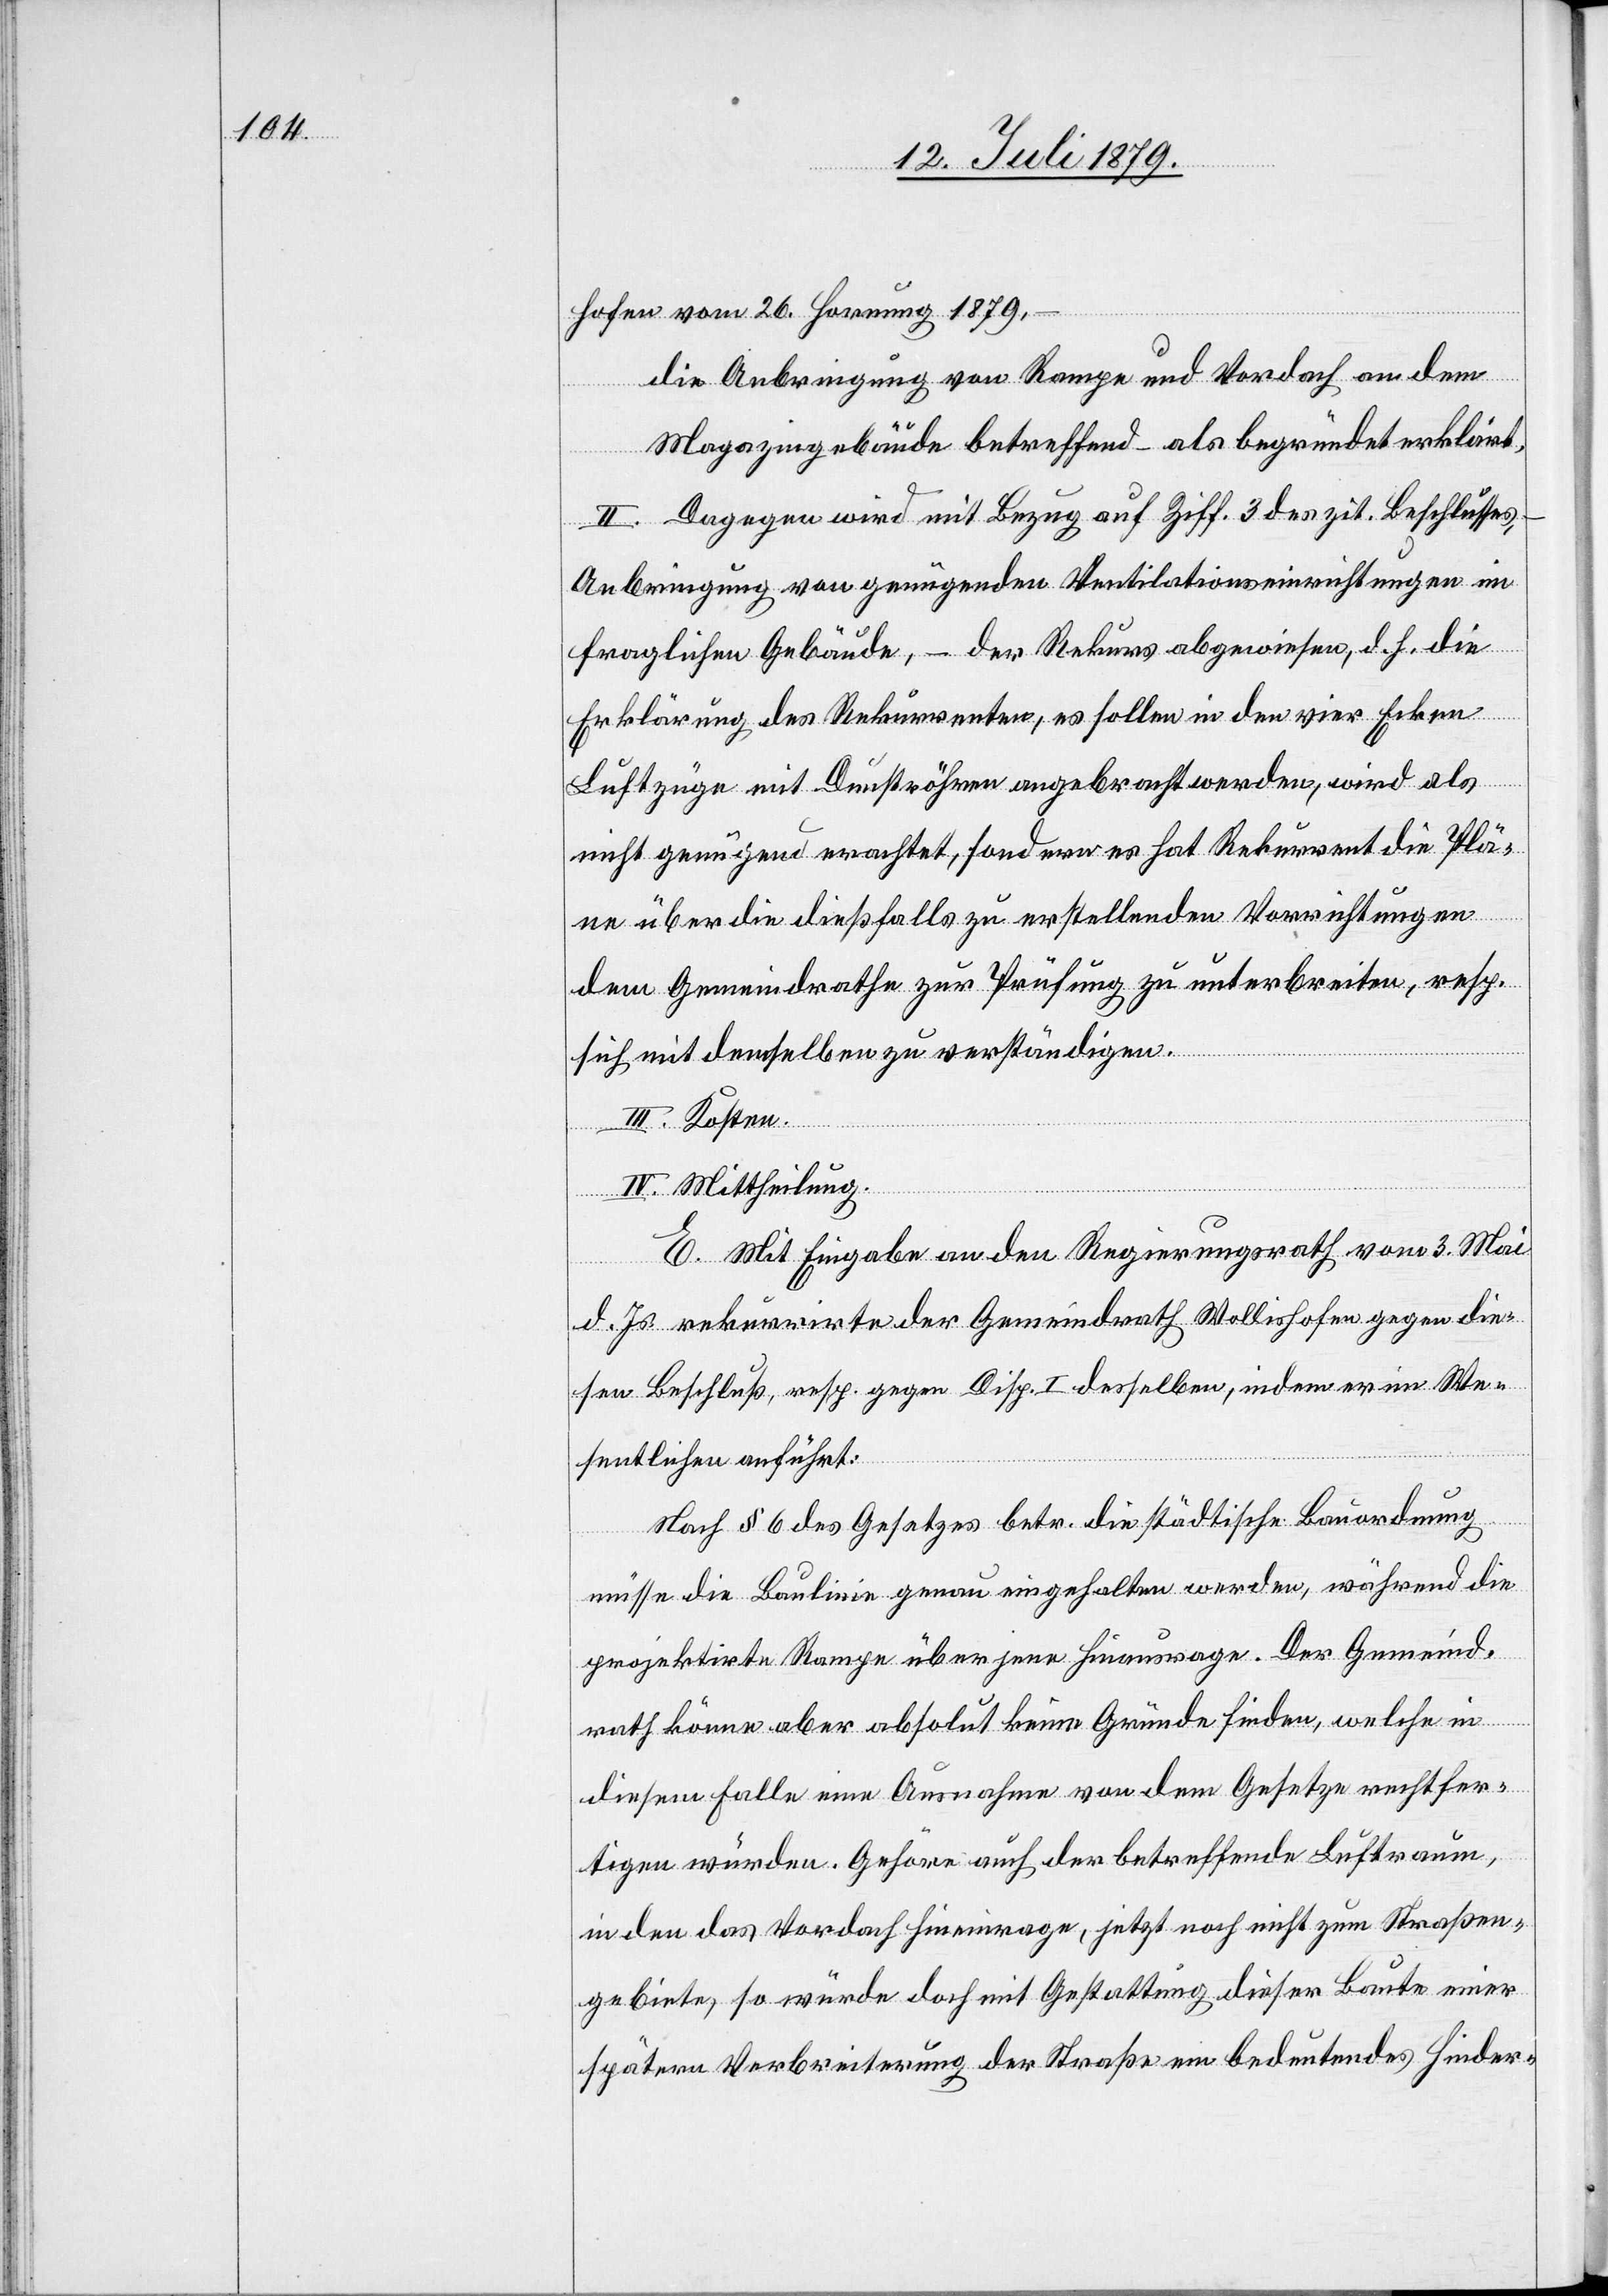
hofen vom 26. Hornung 1879,
die Anbringung von Rampe und Vordach an dem
Magazingebäude betreffend – als begründet erklärt,
II. Dagegen wird mit Bezug auf Ziff. 3 des zit. Beschlusses,
Anbringung von genügenden Ventilationseinrichtungen im
fraglichen Gebäude, – der Rekurs abgewiesen, d. h. die
Erklärung des Rekurrenten, es sollen in den vier Ecken
Luftzüge mit Dunströhren angebracht werden, wird als
nicht genügend erachtet, sondern es hat Rekurrent die Plä¬
ne über die dießfalls zu erstellenden Vorrichtungen
dem Gemeindrathe zur Prüfung zu unterbreiten, resp.
sich mit demselben zu verständigen.
III. Kosten.
IV. Mittheilung.
E. Mit Eingabe an den Regierungsrath vom 3. Mai
d. Js. rekurrirte der Gemeindrath Wollishofen gegen die¬
sen Beschluß, resp. gegen Disp. I desselben, indem er im We¬
sentlichen anführt:
Nach § 6 des Gesetzes betr. die städtische Bauordnung
müsse die Baulinie genau eingehalten werden, während die
projektirte Rampe über jene hinausrage. Der Gemeind¬
rath könne aber absolut keine Gründe finden, welche in
diesem Falle eine Ausnahme von dem Gesetze rechtfer¬
tigen würden. Gehöre auch der betreffende Luftraum,
in den das Vordach hineinrage, jetzt noch nicht zum Straßen¬
gebiete, so würde doch mit Gestattung dieser Baute einer
spätern Verbreiterung der Straße ein bedeutendes Hinder-